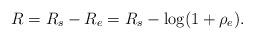
LaTeX: \begin{align*}R = R_{s} - R_{e} = R_{s} - \log(1+\rho_{e}).\end{align*}